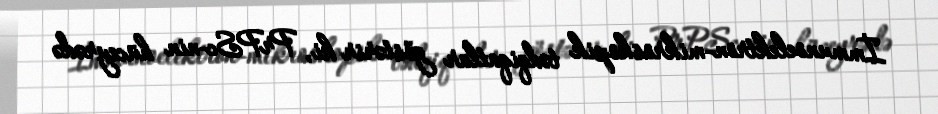
İmmunoelektron-mikroskopik tədqiqatlar göstərir ki, PrPSc-nin hüceyrədə